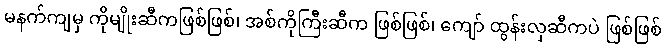
မနက်ကျမှ ကိုမျိုးဆီကဖြစ်ဖြစ်၊ အစ်ကိုကြီးဆီက ဖြစ်ဖြစ်၊ ကျော် ထွန်းလှဆီကပဲ ဖြစ်ဖြစ်